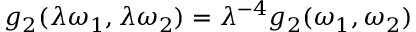
g _ { 2 } ( \lambda \omega _ { 1 } , \lambda \omega _ { 2 } ) = \lambda ^ { - 4 } g _ { 2 } ( \omega _ { 1 } , \omega _ { 2 } )